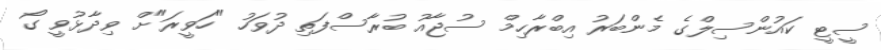
ސީޓީ ކައުންސިލްގެ މެންބަރު އިބްރާހިމް ސުޖާއު ބުރާސްފަތި ދުވަހު "ހަވީރަ"ށް ވިދާޅުވީ ގޯ